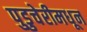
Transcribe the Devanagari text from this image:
पुडुचेरीमधून